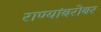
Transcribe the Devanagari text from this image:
राण्यांबरोबर